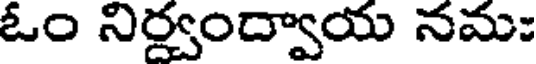
ఓం నిర్వంద్వాయ నమః